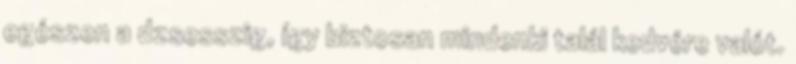
egészen a dzsesszig, így biztosan mindenki talál kedvére valót.